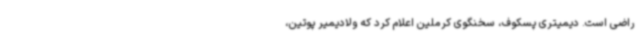
راضی است. دیمیتری پسکوف، سخنگوی کرملین اعلام کرد که ولادیمیر پوتین،